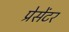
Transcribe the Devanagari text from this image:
प्रेसेंटर